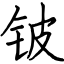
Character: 铍